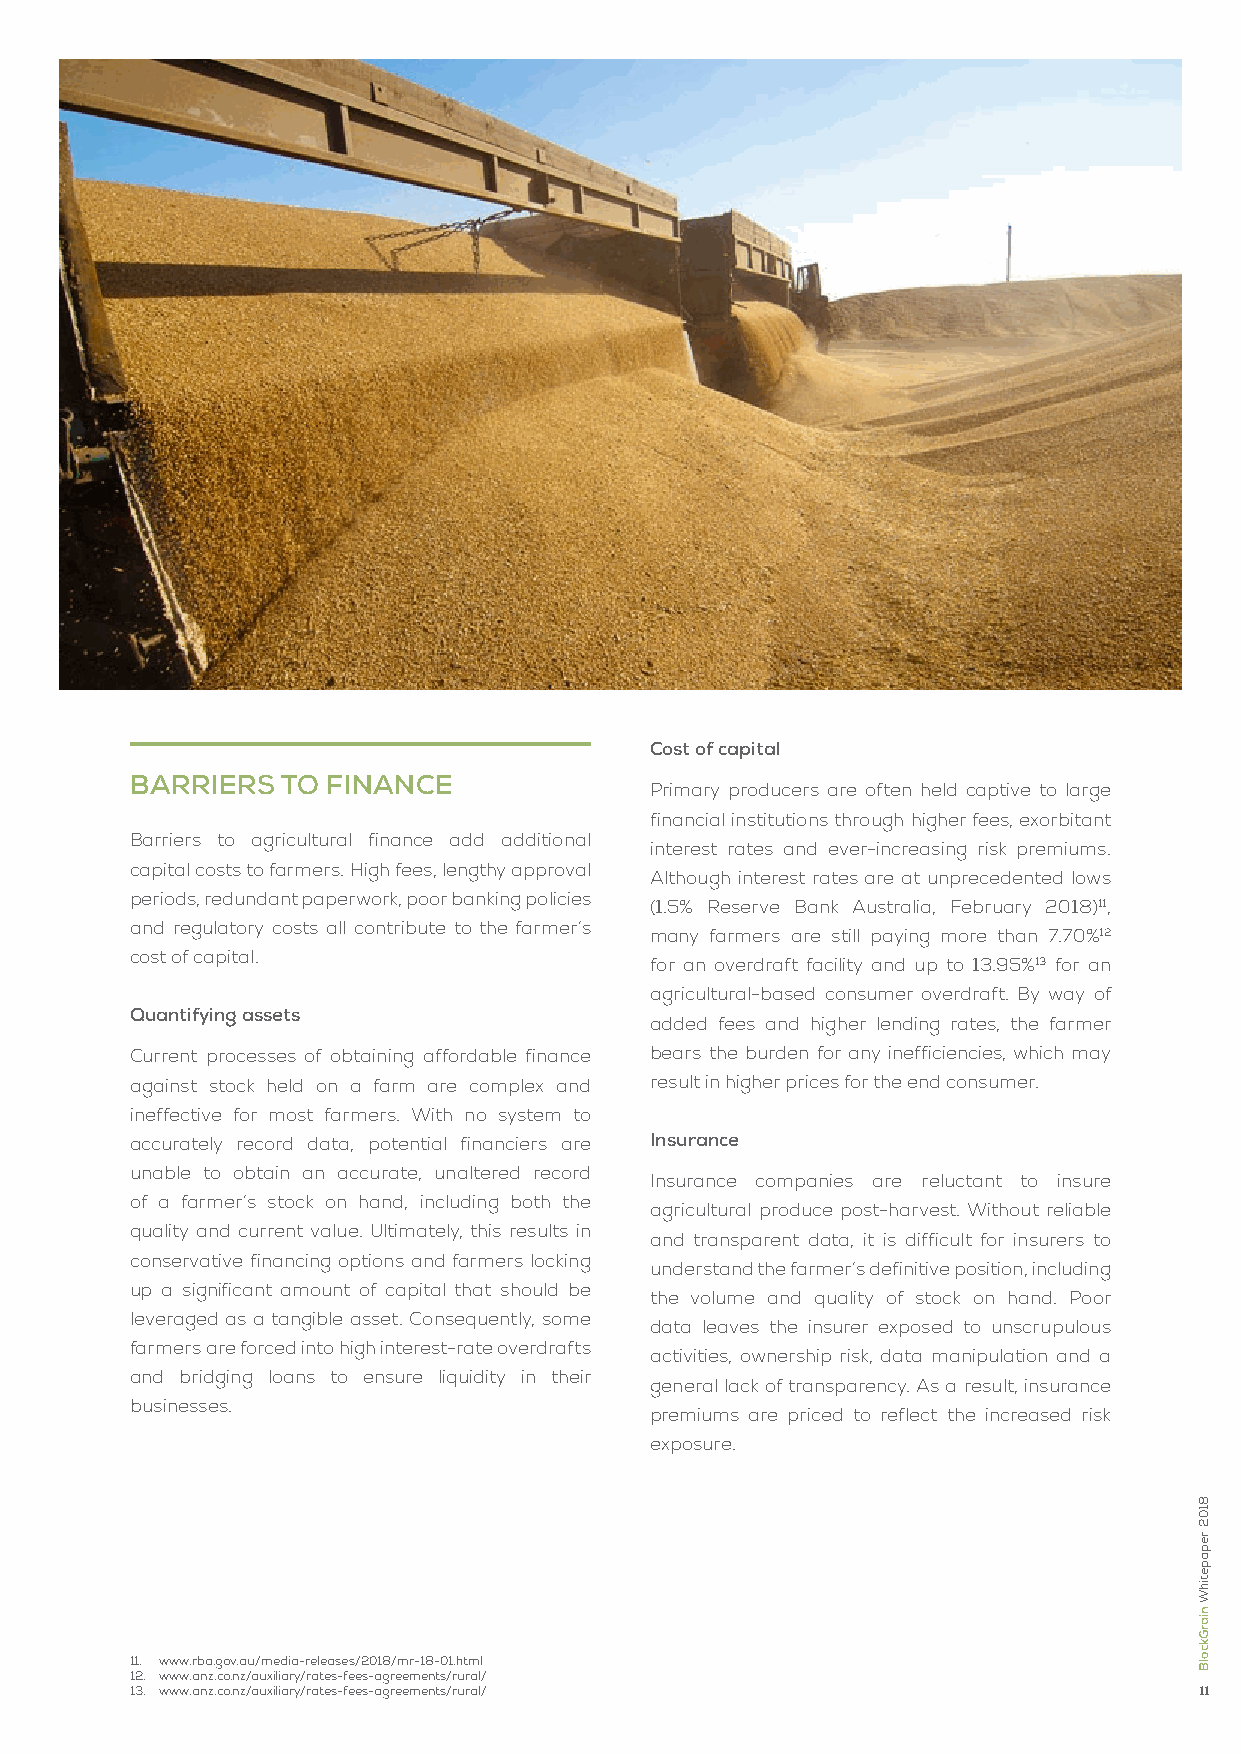
Cost of capital
 BARRIERS  To FInAnCE
 Primary producers are often held captive to large
 financial institutions through higher fees, exorbitant
 Barriers to agricultural finance add additional
 interest rates and ever-increasing risk premiums.
 capital costs to farmers. High fees, lengthy approval
 Although interest rates are at unprecedented lows
 periods, redundant paperwork, poor banking policies
 (1.5% Reserve Bank Australia, February 2018)11,
 and regulatory costs all contribute to the farmer’s
 many farmers are still paying more than 7.70%12
 cost of capital.
 for an overdraft facility and up to 13.95%13 for an
 agricultural-based consumer overdraft. By way of
 Quantifying assets
 added fees and higher lending rates, the farmer
 Current processes of obtaining affordable finance bears the burden for any inefficiencies, which may
 against stock held on a farm are complex and result in higher prices for the end consumer.
 ineffective for most farmers. With no system to
 accurately record data, potential financiers are Insurance
 unable to obtain an accurate, unaltered record
 Insurance companies are reluctant to insure
 of a farmer’s stock on hand, including both the
 agricultural produce post-harvest. Without reliable
 quality and current value. Ultimately, this results in
 and transparent data, it is difficult for insurers to
 conservative financing options and farmers locking
 understand the farmer’s definitive position, including
 up a significant amount of capital that should be
 the volume and quality of stock on hand. Poor
 leveraged as a tangible asset. Consequently, some
 data leaves the insurer exposed to unscrupulous
 farmers are forced into high interest-rate overdrafts
 activities, ownership risk, data manipulation and a
 and bridging loans to ensure liquidity in their
 general lack of transparency. As a result, insurance
 businesses.
 premiums are priced to reflect the increased risk
 exposure.
 11. www.rba.gov.au/media-releases/2018/mr-18-01.html
 12. www.anz.co.nz/auxiliary/rates-fees-agreements/rural/
 13. www.anz.co.nz/auxiliary/rates-fees-agreements/rural/              11
 8102
 repapetihW
 niarGkcolB